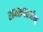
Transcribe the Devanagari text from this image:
रामरूपवर्णन